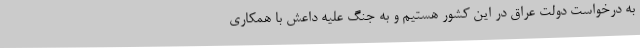
به درخواست دولت عراق در این کشور هستیم و به جنگ علیه داعش با همکاری